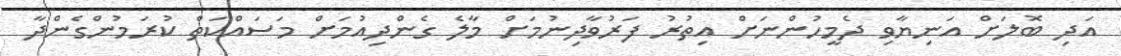
އަދި ބޮލަށް އަނިޔާވި ދެމީހުންނަށް އިތުރު ފަރުވާދިނުމަށް މާލެ ގެންދިއުމަށް މަސައްކަތް ކުރަމުންގެންދާ